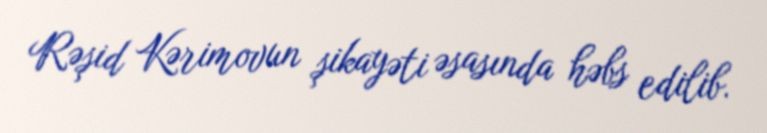
Rəşid Kərimovun şikayəti əsasında həbs edilib.